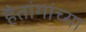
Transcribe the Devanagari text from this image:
हैतांगांच्या